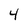
Character: 4